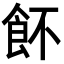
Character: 䬪